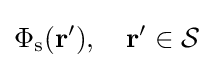
\Phi _{\text{s}}(\mathbf {r} '),\quad \mathbf {r} '\in {\mathcal {S}}